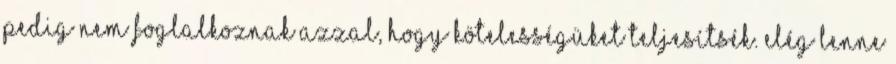
pedig nem foglalkoznak azzal, hogy kötelességüket teljesítsék. Elég lenne